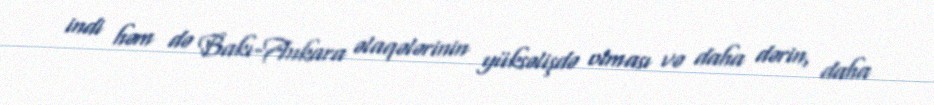
indi həm də Bakı-Ankara əlaqələrinin yüksəlişdə olması və daha dərin, daha